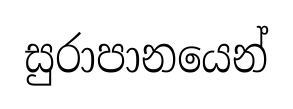
සුරාපානයෙන්